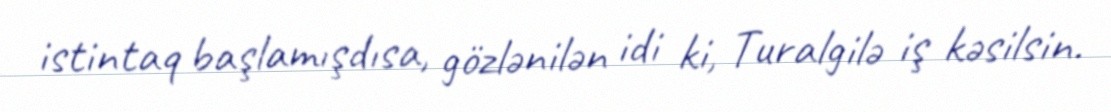
istintaq başlamışdısa, gözlənilən idi ki, Turalgilə iş kəsilsin.